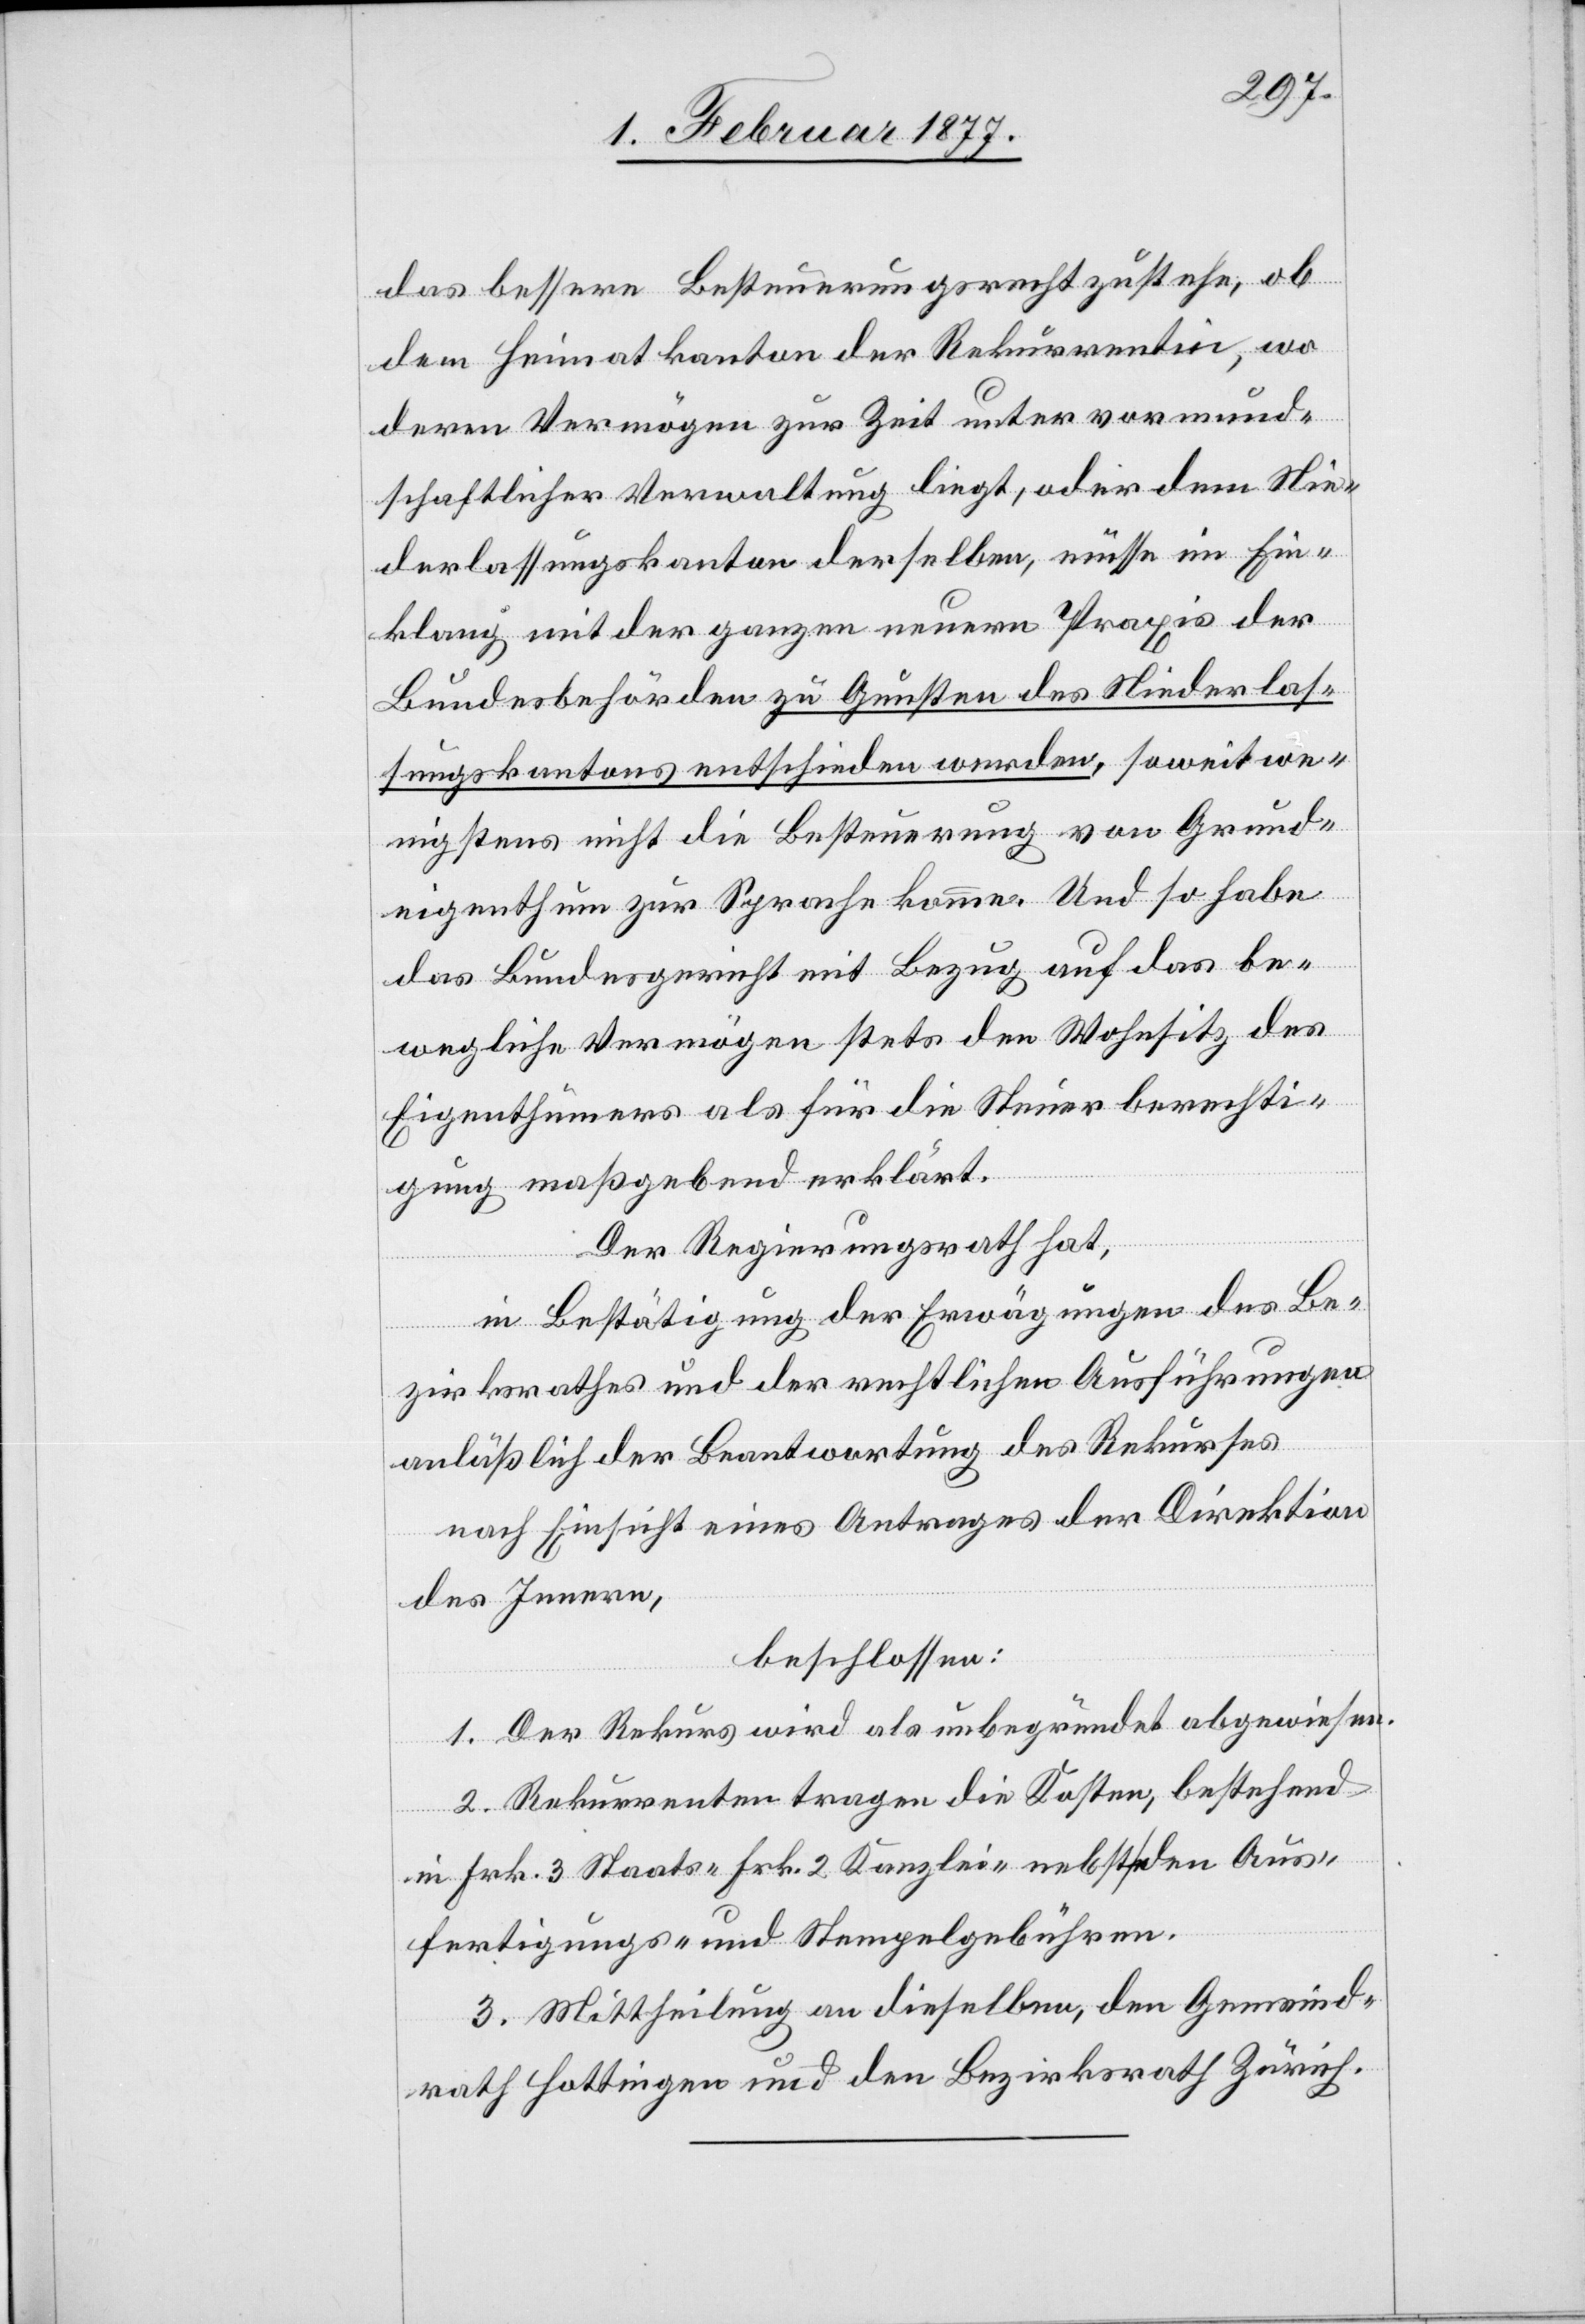
das bessere Besteuerungsrecht zustehe, ob
dem Heimatkanton der Rekurrentin, wo
deren Vermögen zur Zeit unter vormund¬
schaftlicher Verwaltung liegt, oder dem Nie¬
derlassungskanton derselben, müsse im Ein¬
klang mit der ganzen neuen Praxis der
Bundesbehörden zu Gunsten des Niederlas¬
sungskantons entschieden werden, soweit we¬
nigstens nicht die Besteuerung von Grund¬
eigenthum zur Sprache komme. Und so habe
das Bundesgericht mit Bezug auf das be¬
wegliche Vermögen stets den Wohnsitz des
Eigenthümers als für die Steuerberechti¬
gung maßgebend erklärt.
Der Regierungsrath hat,
in Bestätigung der Erwägungen des Be¬
zirksrathes und der rechtlichen Ausführungen
anläßlich der Beantwortung des Rekurses,
nach Einsicht eines Antrages der Direktion
des Innern,
beschlossen:
1. Der Rekurs wird als unbegründet abgewiesen.
2. Rekurrenten tragen die Kosten, bestehend
in Frk. 3 Staats-[,] Frk. 2 Kanzlei- nebst den Aus¬
fertigungs- und Stempelgebühren.
3. Mittheilung an dieselben, den Gemeind¬
rath Hottingen und den Bezirksrath Zürich.